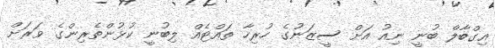
އިގްބާލް ބުނީ ނިއު އަށް ސީޒަނުގެ ހުރިހާ ތައްޓެއް ލިބުނީ ކުޅުންތެރިންގެ ވަރަށް